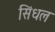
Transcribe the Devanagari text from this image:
सिंधल